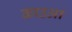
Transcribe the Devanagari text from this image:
काउआ